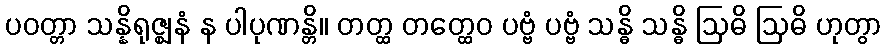
ပဝတ္တာ သန္နိရုဇ္ဈနံ န ပါပုဏန္တိ။ တတ္ထ တတ္ထေဝ ပဗ္ဗံ ပဗ္ဗံ သန္ဓိ သန္ဓိ ဩဓိ ဩဓိ ဟုတွာ